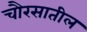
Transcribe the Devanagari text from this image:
चौरसातील